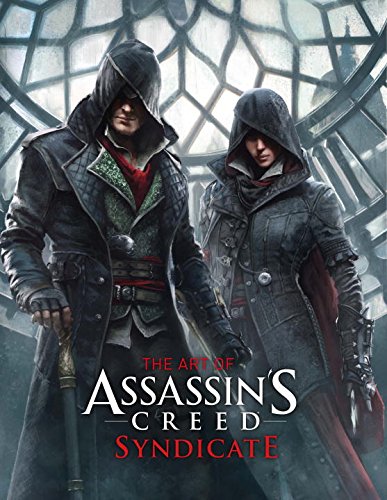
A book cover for The Art of Assassin's Creed Syndicate; Paul Davies; Humor & Entertainment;